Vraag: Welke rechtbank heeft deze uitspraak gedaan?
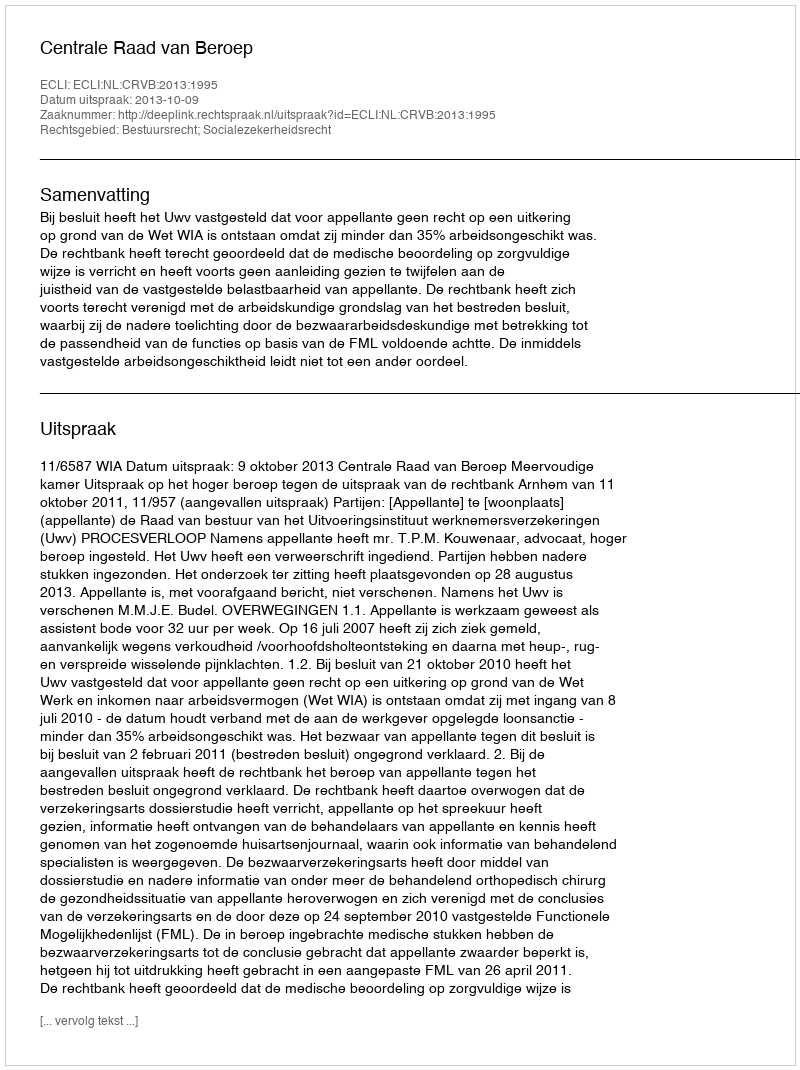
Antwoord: Centrale Raad van Beroep